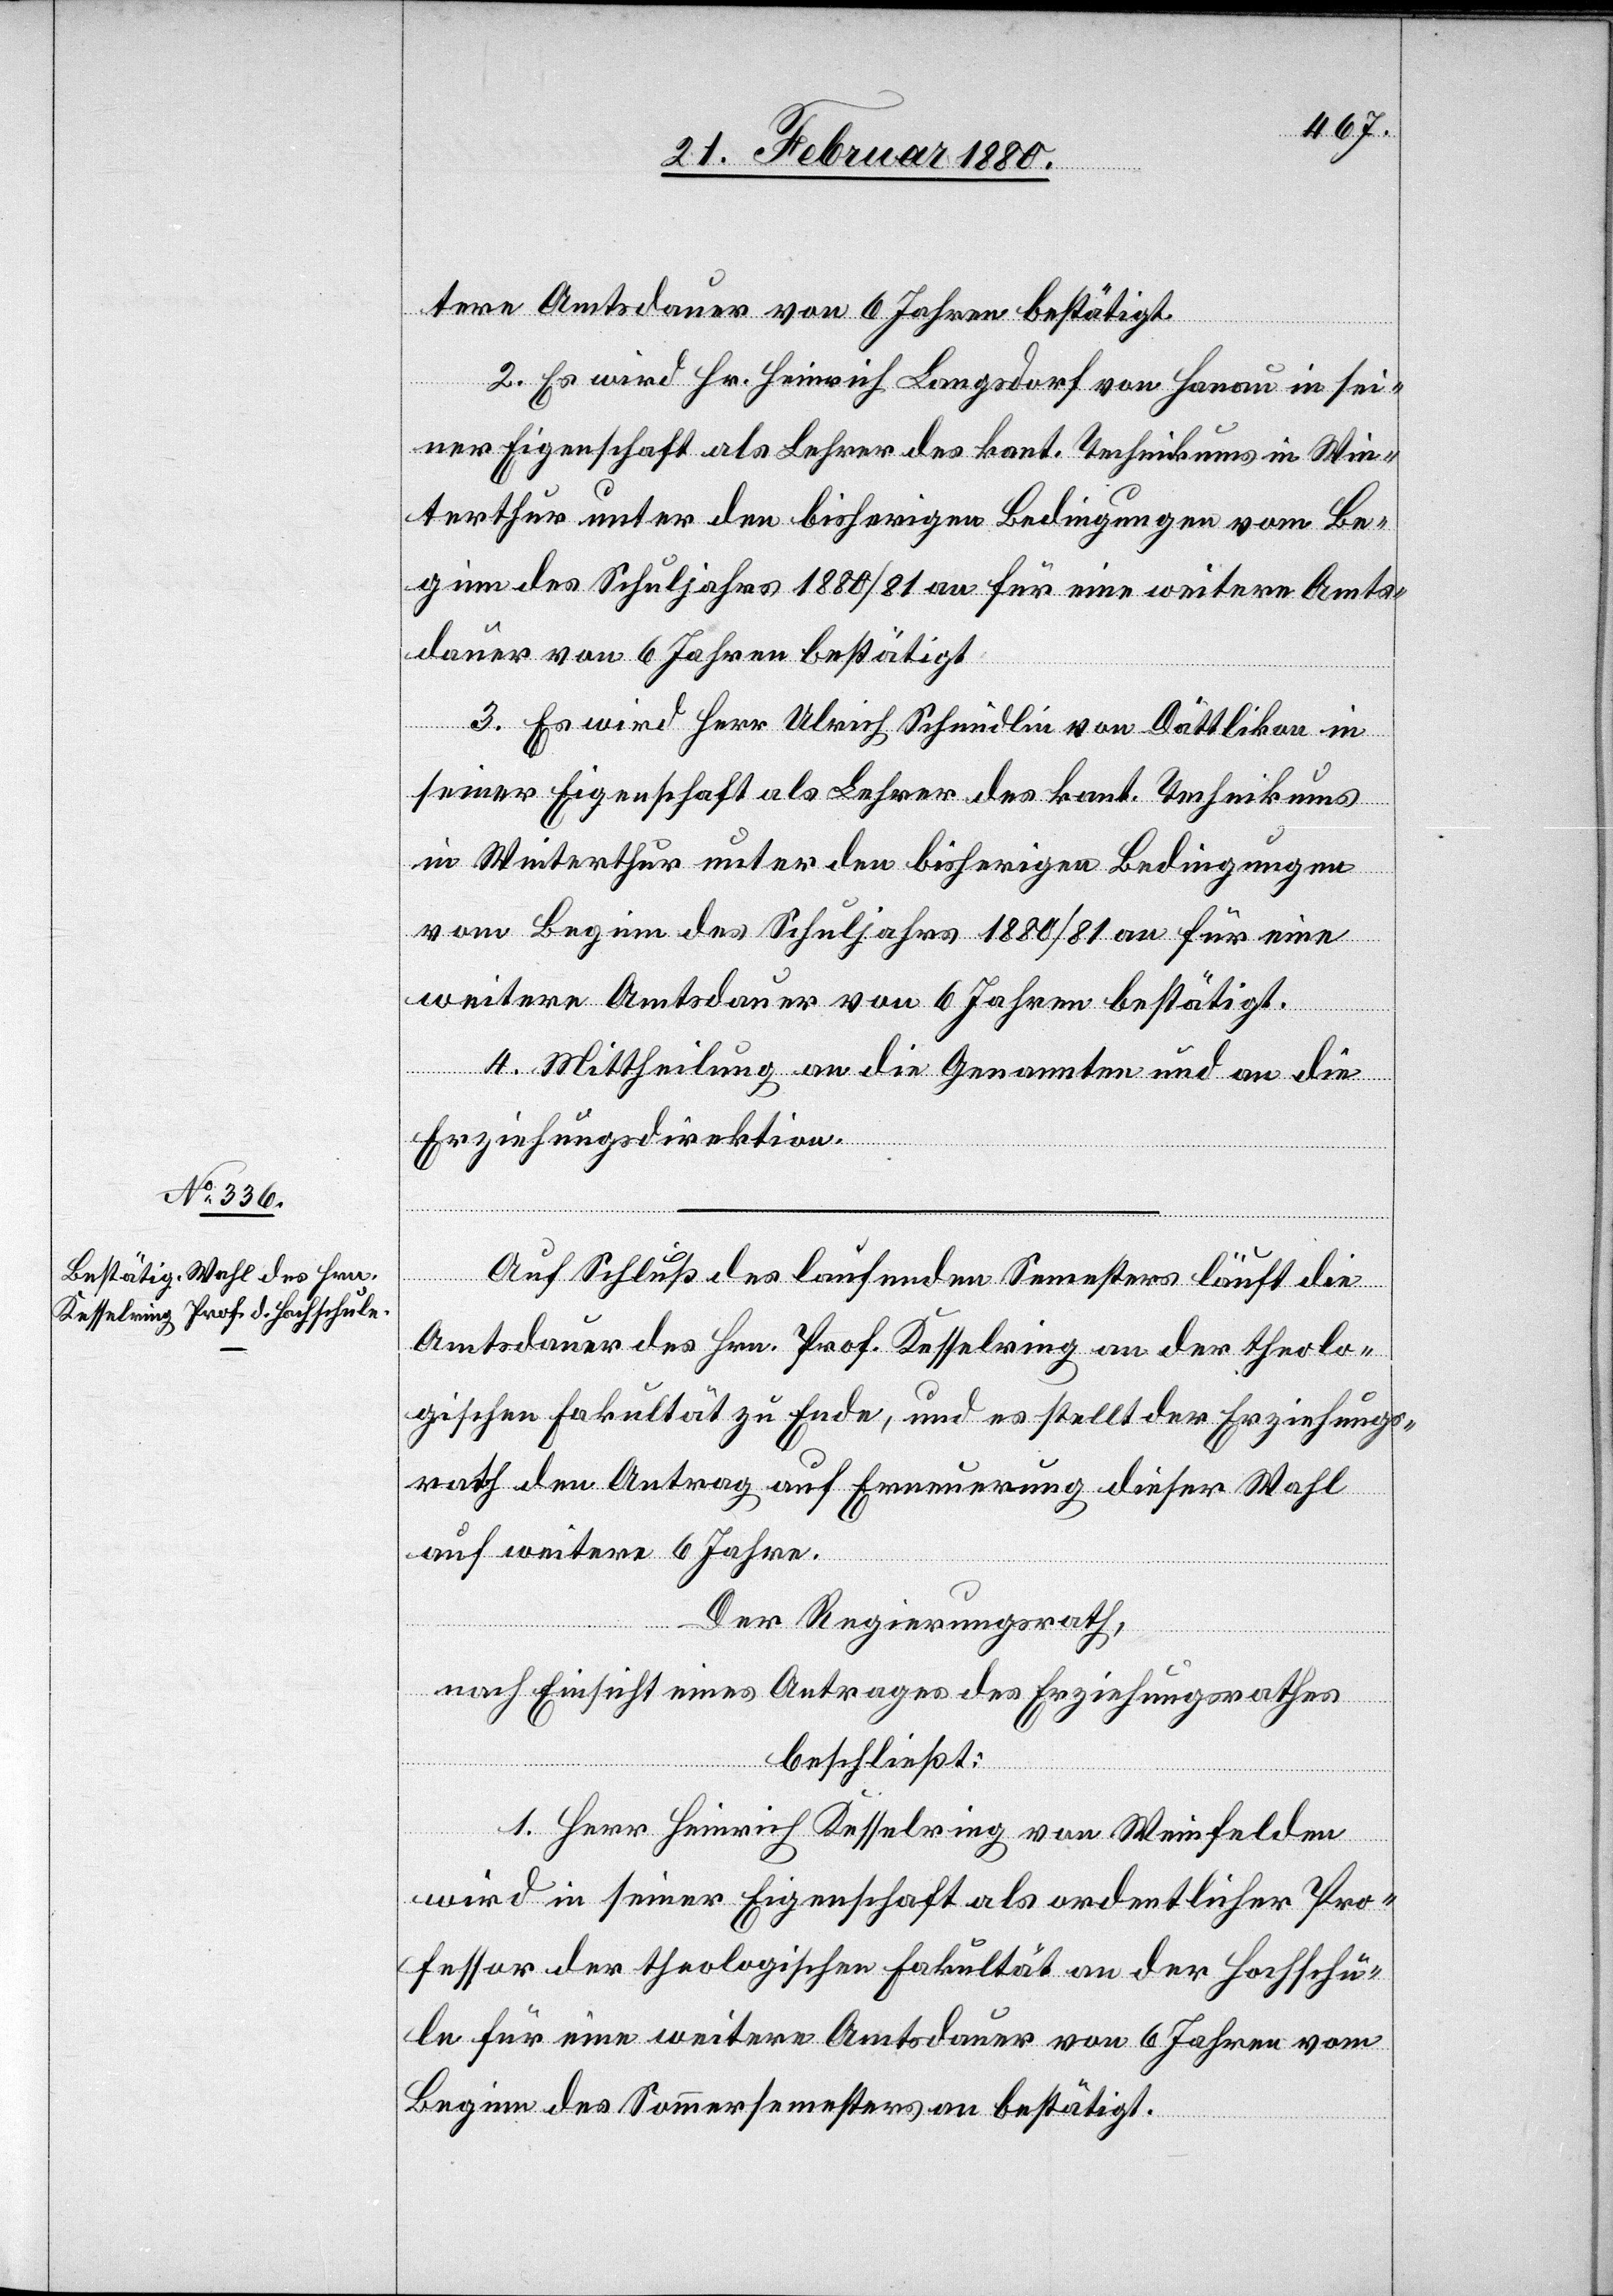
tere Amtsdauer von 6 Jahren bestätigt.
2. Es wird Hr. Heinrich Langsdorf von Hanau in sei¬
3. Es wird Herr Ulrich Schmidlin von Dättlikon in
seiner Eigenschaft als Lehrer des kant. Technikums
in Winterthur unter den bisherigen Bedingungen
vom Beginn des Schuljahrs 1880/81 an für eine
weitere Amtsdauer von 6 Jahren bestätigt.
4. Mittheilung an die Genannten und an die
Erziehungsdirektion.
Auf Schluß des laufenden Semesters läuft die
Amtsdauer des Hrn. Prof. Kesselring an der theolo¬
gischen Fakultät zu Ende, und es stellt der Erziehungs¬
rath den Antrag auf Erneuerung dieser Wahl
auf weitere 6 Jahre.
Der Regierungsrath,
nach Einsicht eines Antrages des Erziehungsrathes,
beschließt:
1. Herr Heinrich Kesselring von Weinfelden
wird in seiner Eigenschaft als ordentlicher Pro¬
fessor der theologischen Fakultät an der Hochschu¬
le für eine weitere Amtsdauer von 6 Jahren vom
Beginn des Sommersemesters an bestätigt.